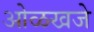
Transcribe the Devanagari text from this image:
ओळखजे